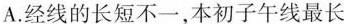
A.经线的长短不一，本初子午线最长